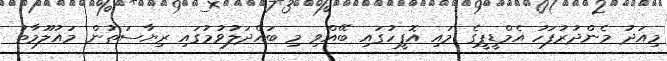
މިއަދު މެންދުރުފަހު އެމްޑީޕީގެ މައި އޮފީހުގައި ބޭއްވި މި ބައްދަލުވުމުގައި ރިޔާސަތުން މައުލޫމާތު